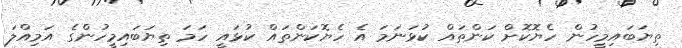
ތިޔަބައިމީހުން ހެޔޮކޮށް ކަންތައް ކުޅަނަމަ އެ ހެޔޮކަންތައް ކުޅައީ ހަމަ ތިޔަބައިމީހުންގެ އަމިއްލަ